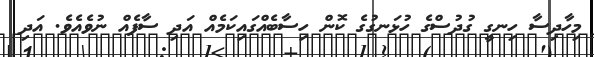
މިހާދިސާ ހިނގީ ގުދުސްގެ ހުޅަނގުގެ ކޮން ހިސާބެއްގައިކަމެއް އަދި ސާފެއް ނުވެއެވެ. އަދި